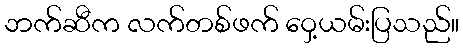
ဘက်ဆီက လက်တစ်ဖက် ဝှေ့ယမ်းပြသည်။